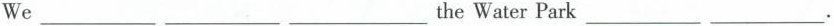
We ___ ___ ___ theWater Park ___ ___ .